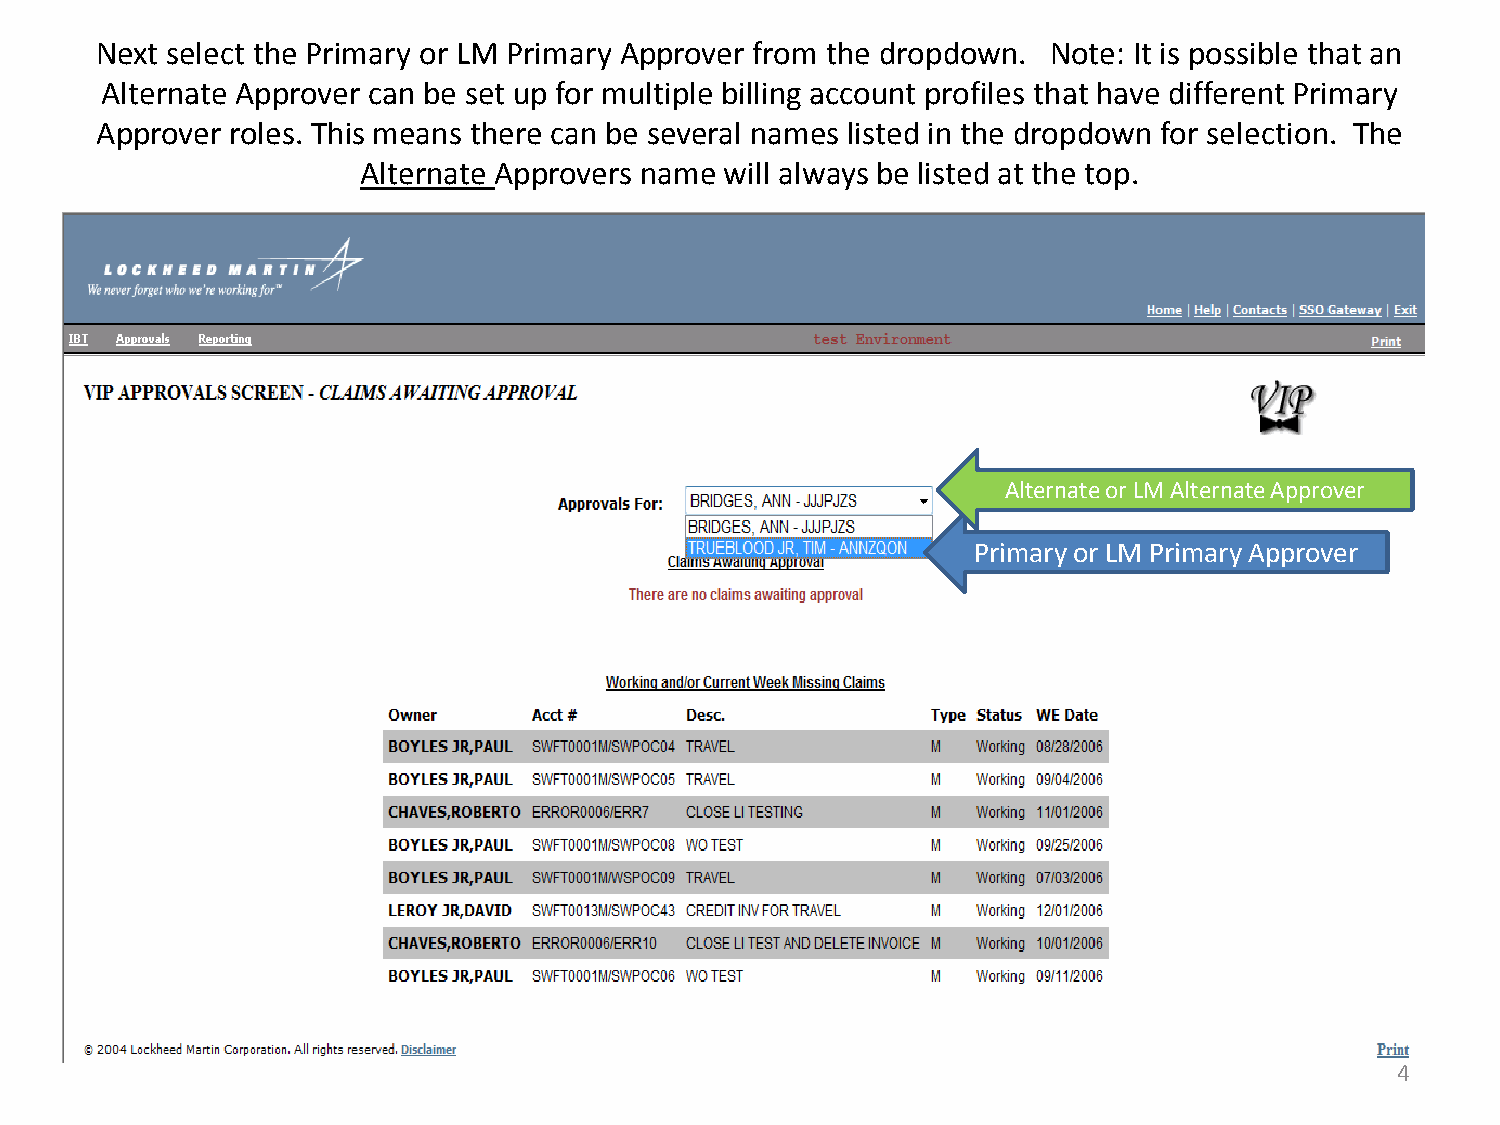
Next select the Primary or LM Primary Approver from the dropdown. Note: It is possible that an
 Alternate Approver can be set up for multiple billing account profiles that have different Primary
 Approver roles. This means there can be several names listed in the dropdown for selection. The
 Alternate Approvers name will always be listed at the top.
 Alternate or LM Alternate Approver
 Primary or LM Primary Approver
 4